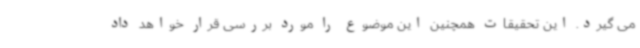
می گیرد. این تحقیقات همچنین این موضوع را مورد بررسی قرار خواهد داد